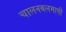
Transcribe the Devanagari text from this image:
चालनबलमापी